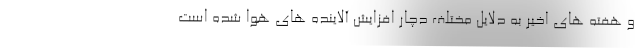
و هفته های اخیر به دلایل مختلف دچار افزایش آلاینده های هوا شده است